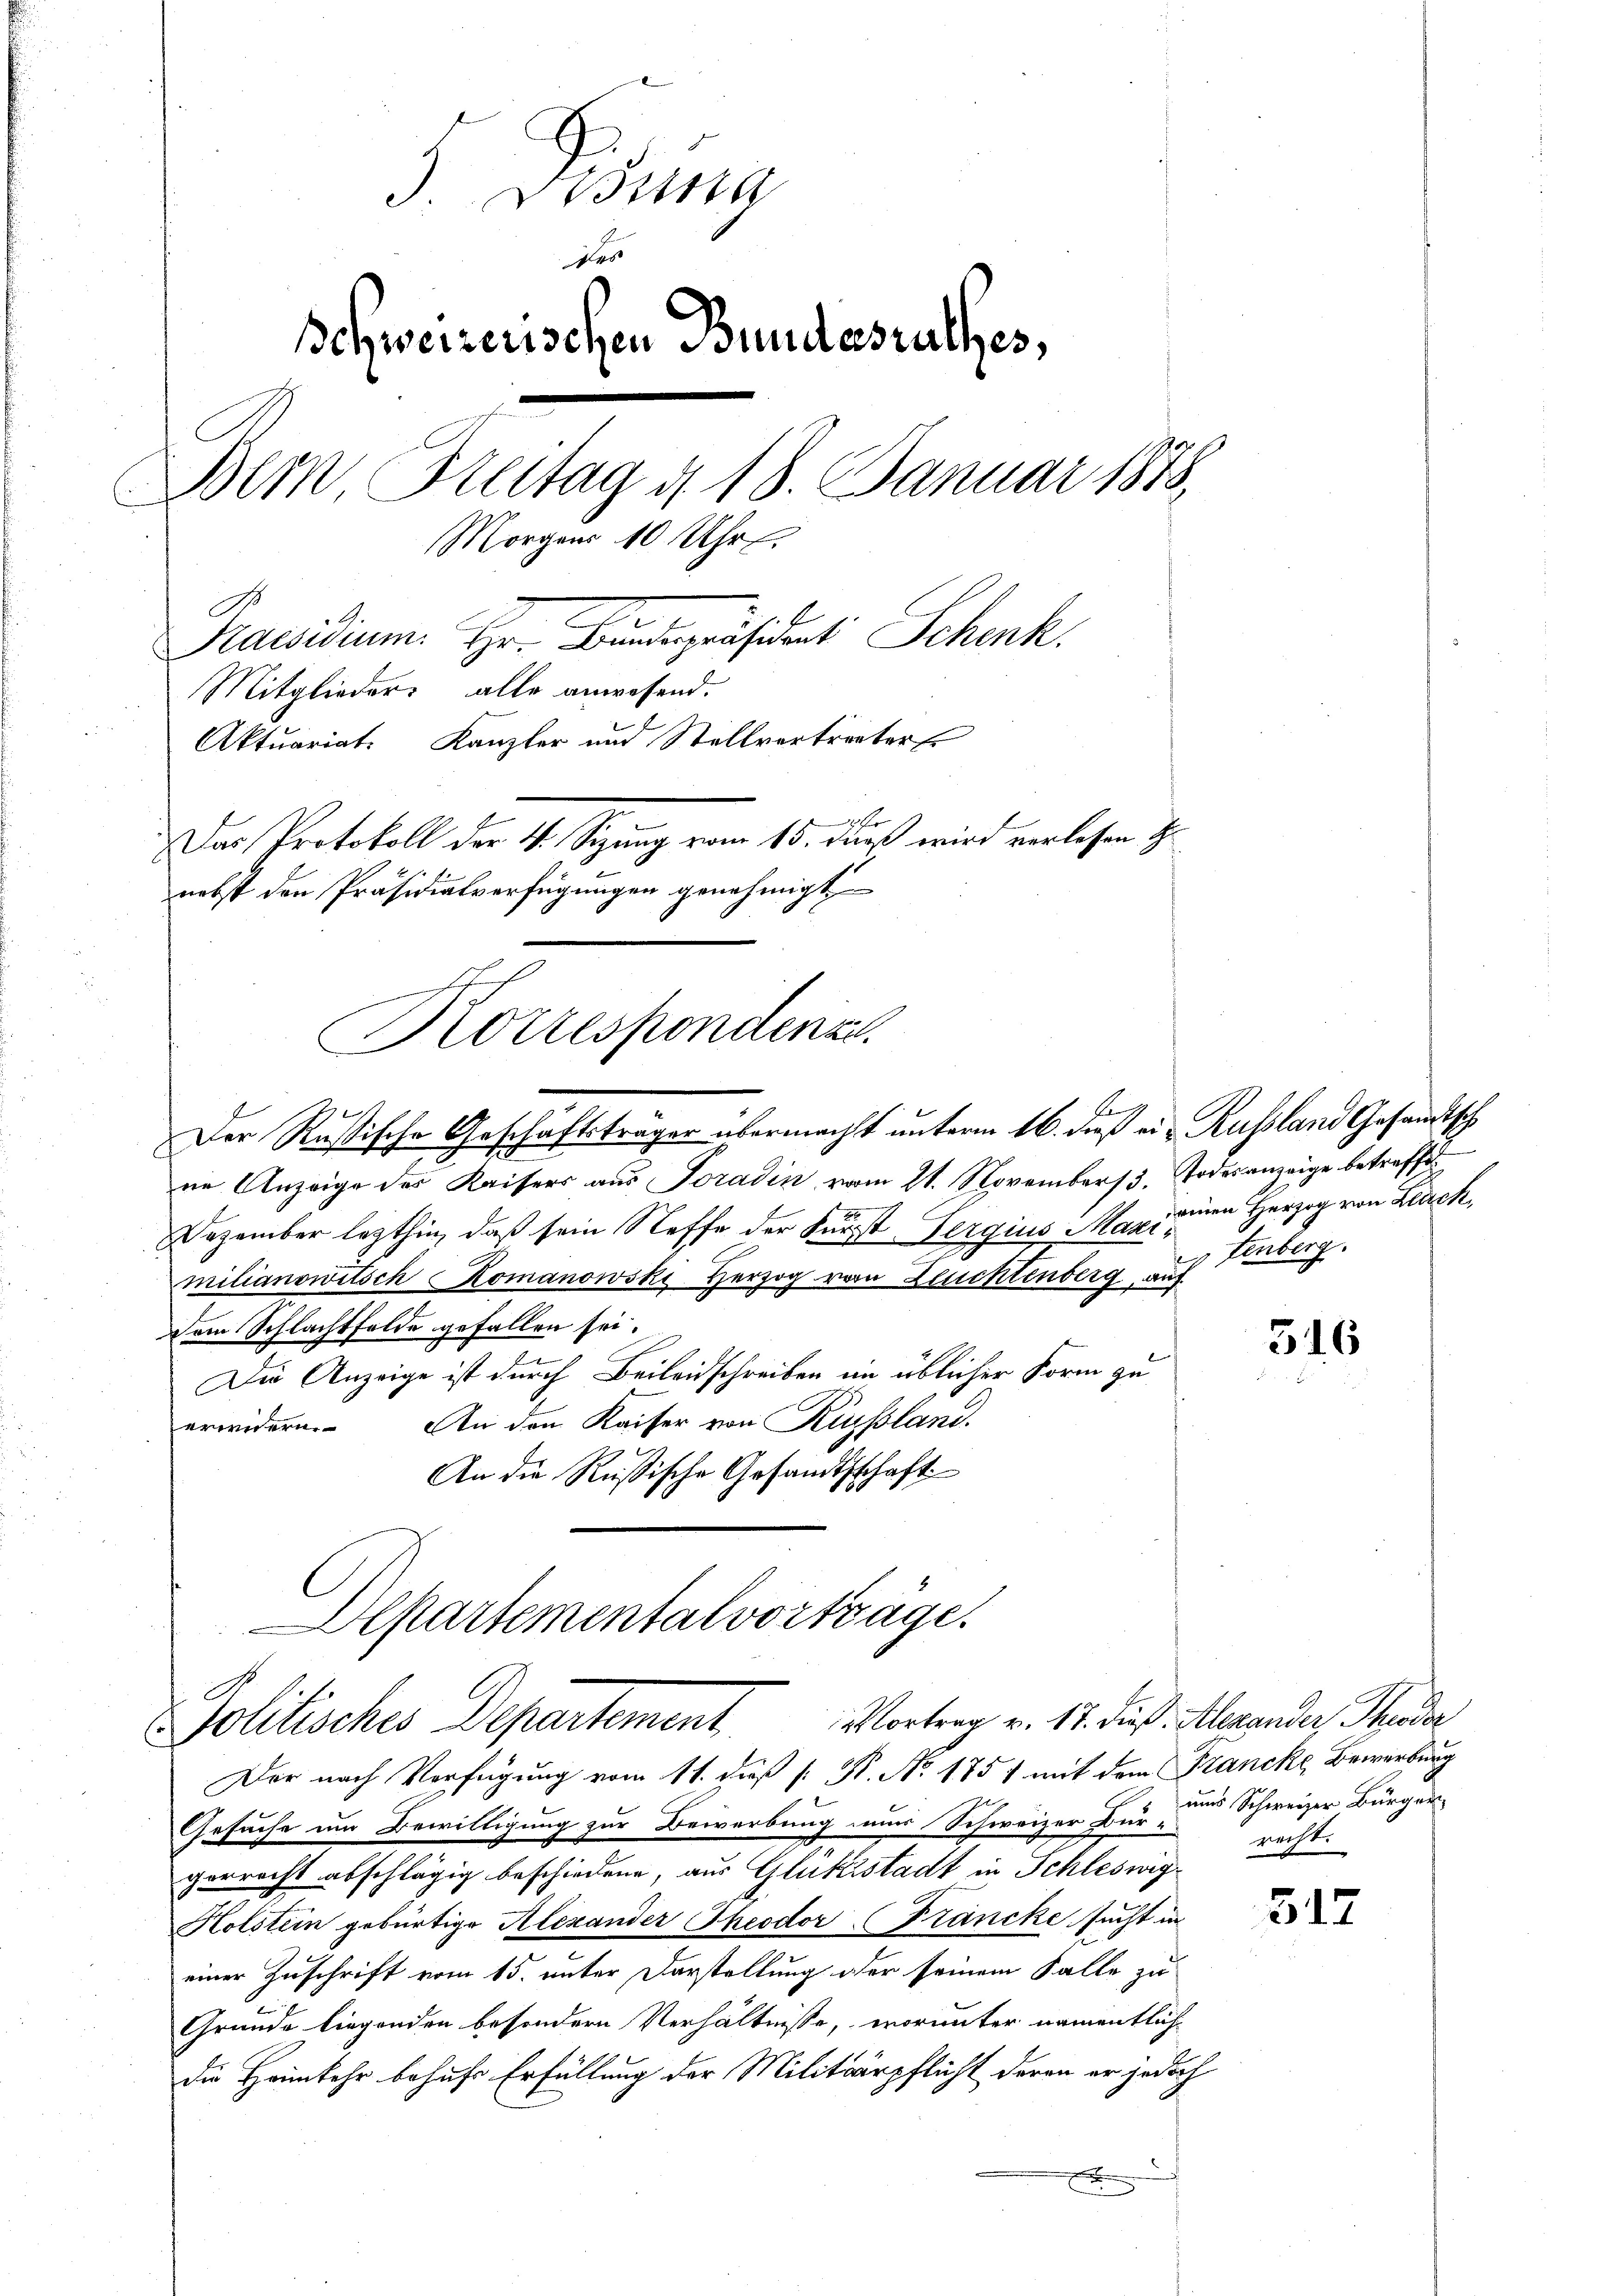
3. Wien
Des
schweizerischen Bundesrathes,
Dem Bettag d. 18. Januar 1873.
Morgens 10 Uhr.
Praesidium. Hr. Bundespräsident Schenk.
Mitglieder alle anwesend.
Aktuariat. Kanzler und Stellvertreter
Das Protokoll der 4. Sitzung vom 15. Fuß wird verlesen z.
nebst den Präsidialverfügungen genehmigt.

Korrespondenze

Der Rußische Geschäftsträger übermacht unterm 16. dieß ein Russland Gesandtsch
ne Anzeige des Kaisers aus Poradin vom 21. November 3. Todesanzeige betreffe
Dezember lezthin, daß sein Steffe der Fürst Zergius Maximilianowitsch Komanowski Herzog vom Zeucklenberg, auf
Dem Schlachtfelde gefallen sei.
Die Anzeige ist durch Beileidschreiben im üblicher Form zu
erwidern. An den Kaiser von Kussland.
An die Rußische Gesandtschaft
Alpartementalvorträge.

Politisches Departement Vortrag v. 12. dieß. Alexander Hander

Der nach Verfügung vom 11. daß [ N. No. 1857 mit dem Stancke Bewerburg
Gesuche um Bewilligung zur Bewerbung nur Schweizer Bur und Schweizer Bürger-
gerrecht abschlägig beschiedene, aus Glüksstadt in Schleswig¬
Holstein gebürtige Alexander Theodor (Francke sucht in
einer Zuschrift vom 15. unter Darstellung oder seinem Falle zu
Gründe liegenden besondern Verhältnisse, worunter namentliche
die Heimkehr behufs Erfüllung der Militärpflicht daran er jedoch
x

reien Herzog von Leich,
tenberg.

316

recht.

317